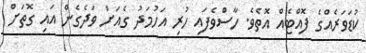
ކުޑަވަރެއްގެ ފޮއްޓެއް އޮތެވެ. ހާސްވެފައި ހުރި އަހުމަދު ގެއަށް ވަދެގެން އައި ގޮތަށް